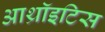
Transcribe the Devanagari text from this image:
आथ्रॉइटिस